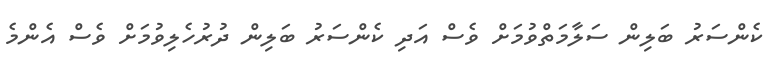
ކެންސަރު ބަލިން ސަލާމަތްވުމަށް ވެސް އަދި ކެންސަރު ބަލިން ދުރުހެލިވުމަށް ވެސް އެންމެ